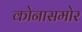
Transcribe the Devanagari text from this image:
कोनासमोर